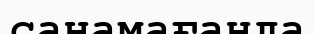
санамағанда